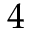
4